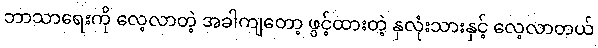
ဘာသာရေးကို လေ့လာတဲ့ အခါကျတော့ ဖွင့်ထားတဲ့ နှလုံးသားနှင့် လေ့လာတယ်